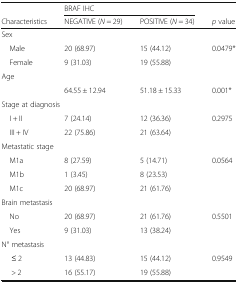
|  | <COLSPAN=2> BRAF IHC |  |
 | Characteristics | NEGATIVE (N = 29) | POSITIVE (N = 34) | p value |
 | --- | --- | --- | --- |
 | <COLSPAN=4> Sex |
 | Male | 20 (68.97) | 15 (44.12) | 0.0479* |
 | Female | 9 (31.03) | 19 (55.88) |  |
 | <COLSPAN=4> Age |
 |  | 64.55 ± 12.94 | 51.18 ± 15.33 | 0.001* |
 | <COLSPAN=4> Stage at diagnosis |
 | I + II | 7 (24.14) | 12 (36.36) | 0.2975 |
 | III + IV | 22 (75.86) | 21 (63.64) |  |
 | <COLSPAN=4> Metastatic stage |
 | M1a | 8 (27.59) | 5 (14.71) | 0.0564 |
 | M1b | 1 (3.45) | 8 (23.53) |  |
 | M1c | 20 (68.97) | 21 (61.76) |  |
 | <COLSPAN=4> Brain metastasis |
 | No | 20 (68.97) | 21 (61.76) | 0.5501 |
 | Yes | 9 (31.03) | 13 (38.24) |  |
 | <COLSPAN=4> N° metastasis |
 | ≤ 2 | 13 (44.83) | 15 (44.12) | 0.9549 |
 | > 2 | 16 (55.17) | 19 (55.88) |  |